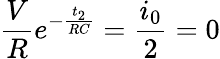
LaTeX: \frac{V}{R}e^{-\frac{t_{2}}{RC}}=\frac{i_{0}}{2}=0